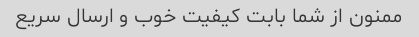
ممنون از شما بابت کیفیت خوب و ارسال سریع